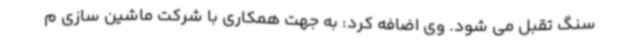
سنگ تقبل می شود. وی اضافه کرد: به جهت همکاری با شرکت ماشین سازی م